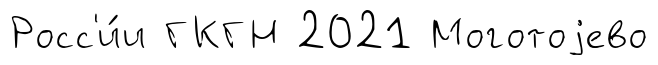
Росс'и́и ГКГН 2021 Моготоjево